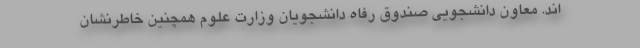
اند. معاون دانشجویی صندوق رفاه دانشجویان وزارت علوم همچنین خاطرنشان